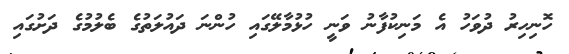
ހޮނިހިރު ދުވަހު އެ މަނިކުފާނު ވަނީ ހުޅުމާލޭގައި ހުންނަ ދައުލަތުގެ ބެލުމުގެ ދަށުގައި